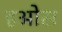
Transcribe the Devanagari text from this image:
हओस